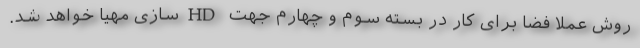
روش عملاً فضا برای کار در بسته سوم و چهارم جهت HDسازی مهیا خواهد شد.